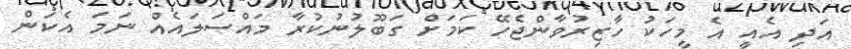
އަދި އެއީ އެ މީހަކު ހާޒިރުވާންޖެހޭ ކަމަށް ގަބޫލުނުކުރާ މައްސަލައެއް ނަމަ އެކަން